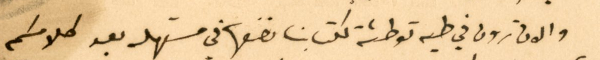
والان ترون في طيه توطئة لكتابنا نضعها في مستهله بعد كلامكم